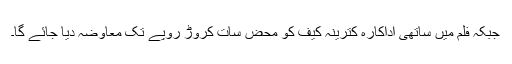
جبکہ فلم میں ساتھی اداکارہ کترینہ کیف کو محض سات کروڑ روپے تک معاوضہ دیا جائے گا۔